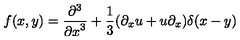
f ( x , y ) = { \frac { \partial ^ { 3 } } { { \partial x } ^ { 3 } } } + { \frac { 1 } { 3 } } ( \partial _ { x } u + u \partial _ { x } ) \delta ( x - y )